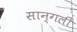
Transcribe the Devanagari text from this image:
सान्गली